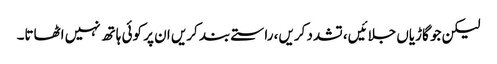
لیکن جو گاڑیاں جلائیں، تشدد کریں، راستے بند کریں ان پر کوئی ہاتھ نہیں اٹھاتا۔